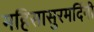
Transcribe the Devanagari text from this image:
महिसासुरमर्दिनी